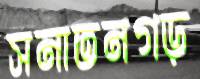
সনাতনগড়